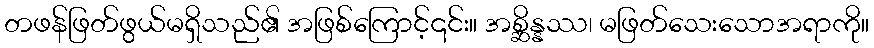
တဖန်ဖြတ်ဖွယ်မရှိသည်၏ အဖြစ်ကြောင့်၎င်း။ အစ္ဆိန္နဿ၊ မဖြတ်သေးသောအရာကို။